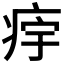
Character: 𱱔